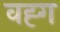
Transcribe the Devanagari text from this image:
वह्ग